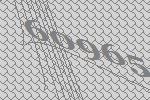
60965